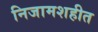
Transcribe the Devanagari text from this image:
निजामशहीत